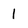
Character: l